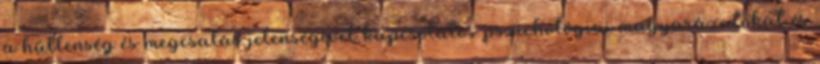
a hűtlenség és megcsalás jelenségével kapcsolatos pszichológiai magyarázatokat és